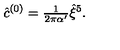
{ \hat { c } } ^ { ( 0 ) } = { \textstyle \frac { 1 } { 2 \pi \alpha ^ { \prime } } } \hat { \xi } ^ { 5 } .